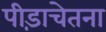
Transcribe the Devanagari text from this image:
पीड़ाचेतना